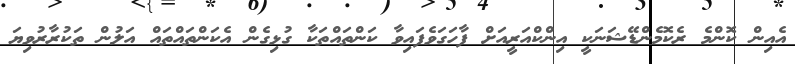
އެއިން ކޮންމެ ރެކޮމެންޑޭޝަނަކީ އިންކްއަރީއަށް ފާހަގަވެފައިވާ ކަންތައްތަކާ ގުޅިގެން އެކަންތައްތައް އަލުން ތަކުރާރުވިޔަ